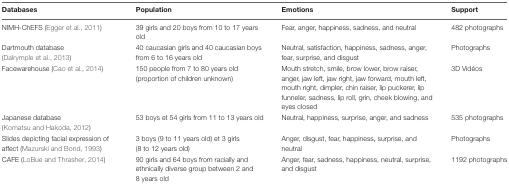
| Databases | Population | Emotions | Support |
 | --- | --- | --- | --- |
 | NIMH-ChEFS (Egger et al., 2011) | 39 girls and 20 boys from 10 to 17 years old | Fear, anger, happiness, sadness, and neutral | 482 photographs |
 | Dartmouth database (Dalrymple et al., 2013) | 40 caucasian girls and 40 caucasian boys from 6 to 16 years old | Neutral, satisfaction, happiness, sadness, anger, fear, surprise, and disgust | Photographs |
 | Facewarehouse (Cao et al., 2014) | 150 people from 7 to 80 years old (proportion of children unknown) | Mouth stretch, smile, brow lower, brow raiser, anger, jaw left, jaw right, jaw forward, mouth left, mouth right, dimpler, chin raiser, lip puckerer, lip funneler, sadness, lip roll, grin, cheek blowing, and eyes closed | 3D Vidéos |
 | Japanese database (Komatsu and Hakoda, 2012) | 53 boys et 54 girls from 11 to 13 years old | Neutral, happiness, surprise, anger, and sadness | 535 photographs |
 | Slides depicting facial expression of affect (Mazurski and Bond, 1993) | 3 boys (9 to 11 years old) et 3 girls (8 to 12 years old) | Anger, disgust, fear, happiness, surprise, and neutral | Photographs |
 | CAFE (LoBue and Thrasher, 2014) | 90 girls and 64 boys from racially and ethnically diverse group between 2 and 8 years old | Anger, fear, sadness, happiness, neutral, surprise, and disgust | 1192 photographs |